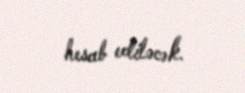
hesab ediləcək.